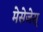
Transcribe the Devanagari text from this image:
मेसेजेस्